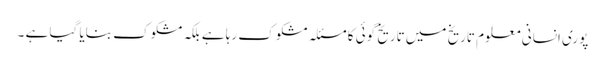
پوری انسانی معلوم تاریخ میں تاریخ گوئی کا مسئلہ مشکوک رہا ہے بلکہ مشکوک بنایا گیا ہے ۔